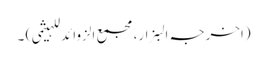
(اخرجہ البزار،مجمع الزوائد للہیثمی) ۔